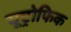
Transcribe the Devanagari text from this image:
यूट्रोफिक